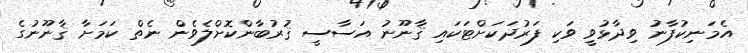
އެމަނިކުފާނު ވިދާޅުވީ ވަކި ފަރުދަކަށްޓަކައި ޤާނޫނު އަސާސީ ޤުރުބާންކޮށްލެވެން ނެތް ކަމަށާ ޤާނޫނުގެ